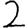
Digit: 2